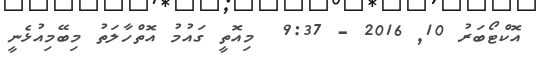
އޮކްޓޯބަރު 10